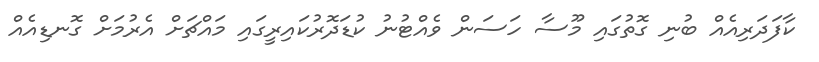
ކާފަދަރިއެއް ބުނި ގޮތުގައި މޫސާ ހަސަން ވެއްޓުނު ކުޑަދޮރުކައިރީގައި މައްޗަށް އެރުމަށް ގޮނޑިއެއް